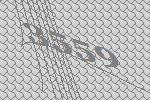
3559